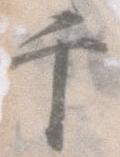
千